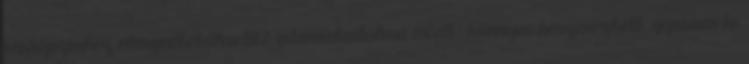
vérképzéshez elengedhetetlen B12-vitamintartalma miatt , könnyen beszerezhető, gyorsan és